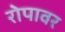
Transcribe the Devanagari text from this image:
रोपावर